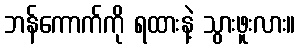
ဘန်ကောက်ကို ရထားနဲ့ သွားဖူးလား။